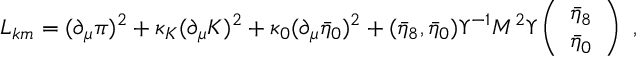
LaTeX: L _ { k m } = ( \partial _ { \mu } \pi ) ^ { 2 } + \kappa _ { K } ( \partial _ { \mu } K ) ^ { 2 } + \kappa _ { 0 } ( \partial _ { \mu } \bar { \eta } _ { 0 } ) ^ { 2 } + ( \bar { \eta } _ { 8 } , \bar { \eta } _ { 0 } ) \Upsilon ^ { - 1 } { \cal M } ^ { 2 } \Upsilon \left( \begin{array} { c } { { \bar { \eta } _ { 8 } } } \\ { { \bar { \eta } _ { 0 } } } \end{array} \right) ~ ,